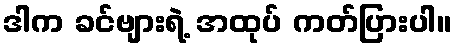
ဒါက ခင်ဗျားရဲ့ အထုပ် ကတ်ပြားပါ။